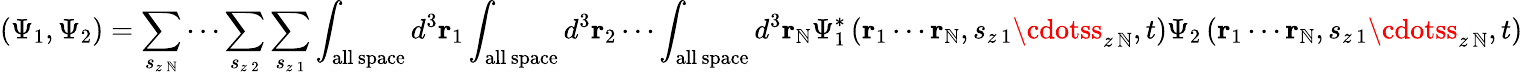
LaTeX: (\Psi_{1},\Psi_{2})=\sum_{s_{z\, \mathbb{N}}}\cdots\sum_{s_{z\, 2}}\sum_{s_{z\, 1}}\int_{\mathrm{{all\, space}}}d^{3}\mathbf{{r}}_{1}\int_{\mathrm{{all\, space}}}d^{3}\mathbf{{r}}_{2}\cdots\int_{\mathrm{{all\, space}}}d^{3}\mathbf{{r}}_{\mathbb{N}}\Psi_{1}^{*}\left(\mathbf{{r}}_{1}\cdots\mathbf{{r}}_{\mathbb{N}},s_{z\, 1}\cdotss_{z\, \mathbb{N}},t\right)\Psi_{2}\left(\mathbf{{r}}_{1}\cdots\mathbf{{r}}_{\mathbb{N}},s_{z\, 1}\cdotss_{z\, \mathbb{N}},t\right)